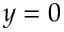
y = 0